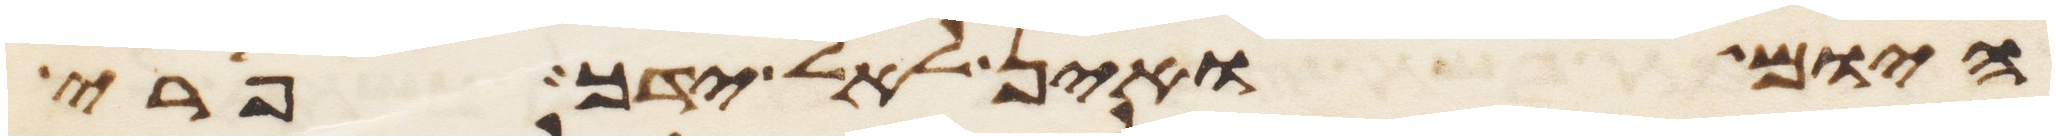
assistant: היום ואין לאל ידך פרי